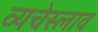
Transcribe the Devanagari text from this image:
व्यचेस्लाव